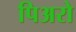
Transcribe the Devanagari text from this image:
पिअरो